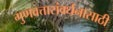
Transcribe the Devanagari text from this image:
गुणवत्तासंवर्धनासाठी